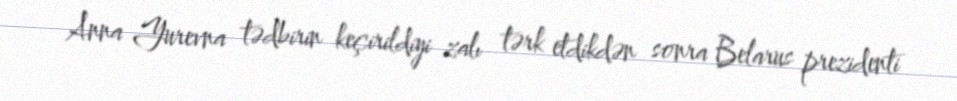
Anna Yurevna tədbirin keçirildiyi zalı tərk etdikdən sonra Belarus prezidenti